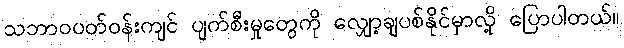
သဘာဝပတ်ဝန်းကျင် ပျက်စီးမှုတွေကို လျှော့ချပစ်နိုင်မှာလို့ ပြောပါတယ်။